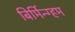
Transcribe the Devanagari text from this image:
बिर्मिन्ग्हम